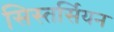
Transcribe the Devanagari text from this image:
सिस्तर्सियन